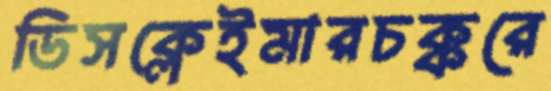
ডিসক্লেইমারচক্করে